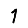
Digit: 1